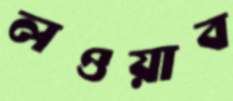
লওয়াব